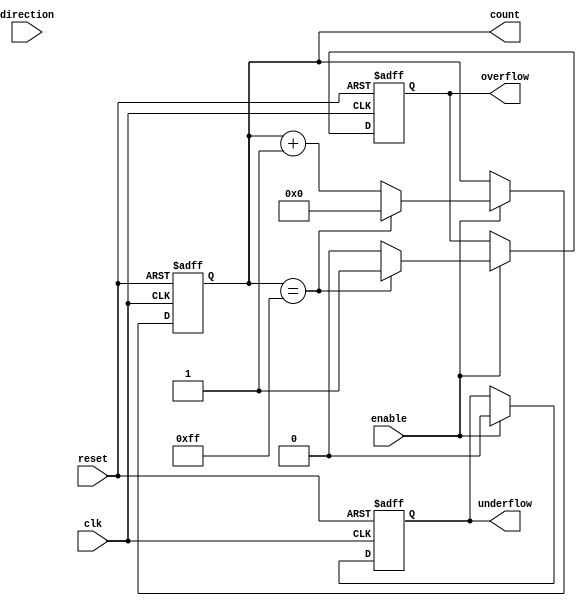
module parameterized_counter #(
    parameter WIDTH = 8,               // Number of bits for the counter
    parameter MODE = "UP"              // Counting mode: "UP", "DOWN", "UP_DOWN"
) (
    input wire clk,                    // Clock signal
    input wire reset,                  // Asynchronous reset
    input wire enable,                 // Enable signal
    input wire direction,              // Direction signal (only for UP_DOWN mode)
    output reg [WIDTH-1:0] count,     // Current count value
    output reg overflow,               // Overflow flag
    output reg underflow               // Underflow flag
);

    // Internal maximum value for the counter
    localparam MAX_COUNT = (1 << WIDTH) - 1;

    // Always block for counter behavior
    always @(posedge clk or posedge reset) begin
        if (reset) begin
            count <= 0;                 // Reset the counter to zero
            overflow <= 0;              // Clear overflow flag
            underflow <= 0;             // Clear underflow flag
        end else if (enable) begin
            overflow <= 0;              // Clear overflow flag on enable
            underflow <= 0;             // Clear underflow flag on enable
            
            case (MODE)
                "UP": begin
                    if (count == MAX_COUNT) begin
                        count <= 0;       // Wrap around on overflow
                        overflow <= 1;    // Set overflow flag
                    end else begin
                        count <= count + 1; // Increment the counter
                    end
                end
                
                "DOWN": begin
                    if (count == 0) begin
                        count <= 0;       // Stay at zero on underflow
                        underflow <= 1;    // Set underflow flag
                    end else begin
                        count <= count - 1; // Decrement the counter
                    end
                end
                
                "UP_DOWN": begin
                    if (direction) begin
                        if (count == MAX_COUNT) begin
                            count <= 0;   // Wrap around on overflow
                            overflow <= 1; // Set overflow flag
                        end else begin
                            count <= count + 1; // Increment the counter
                        end
                    end else begin
                        if (count == 0) begin
                            count <= 0;       // Stay at zero on underflow
                            underflow <= 1;    // Set underflow flag
                        end else begin
                            count <= count - 1; // Decrement the counter
                        end
                    end
                end
                
                default: begin
                    count <= count; // No change for invalid mode
                end
            endcase
        end
    end
endmodule